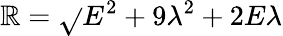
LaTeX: \mathbb{R}={\sqrt{}{{E^{2}+9\lambda^{2}+2E\lambda}}}